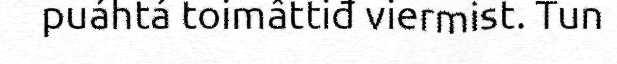
puáhtá toimâttiđ viermist. Tun